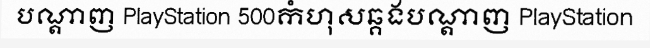
បណ្តាញ PlayStation 500កំហុសឆ្គងបណ្តាញ PlayStation